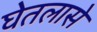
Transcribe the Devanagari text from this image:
घेतलासे